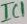
Text: IC1